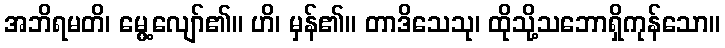
အဘိရမတိ၊ မွေ့လျော်၏။ ဟိ၊ မှန်၏။ တာဒိသေသု၊ ထိုသို့သဘောရှိကုန်သော။